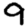
Digit: 9